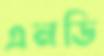
এনডি